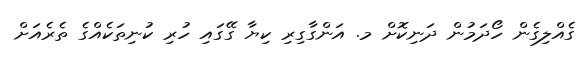
ގެއްލިގެން ހޯދަމުން ދަނިކޮށް މ. އަންގާގިރި ކިޔާ ގޭގައި ހުރި ކުނިތަކެއްގެ ތެރެއަށް